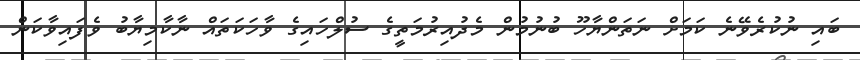
ބައި ނުކުރެވޭނެ ކަމަށް ނަތަންޔާހޫ ބުނުމުން މެދުއިރުމަތީގެ ސުލްހައިގެ ވާހަކަތައް ނާކާމިޔާބު ވެފައިވާކަން